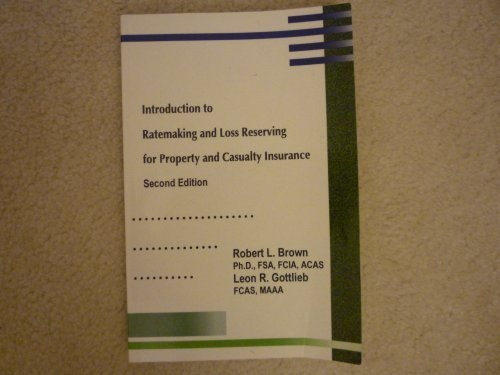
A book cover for Introduction to ratemaking and loss reserving for property and casualty insurance; Robert L Brown; Business & Money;